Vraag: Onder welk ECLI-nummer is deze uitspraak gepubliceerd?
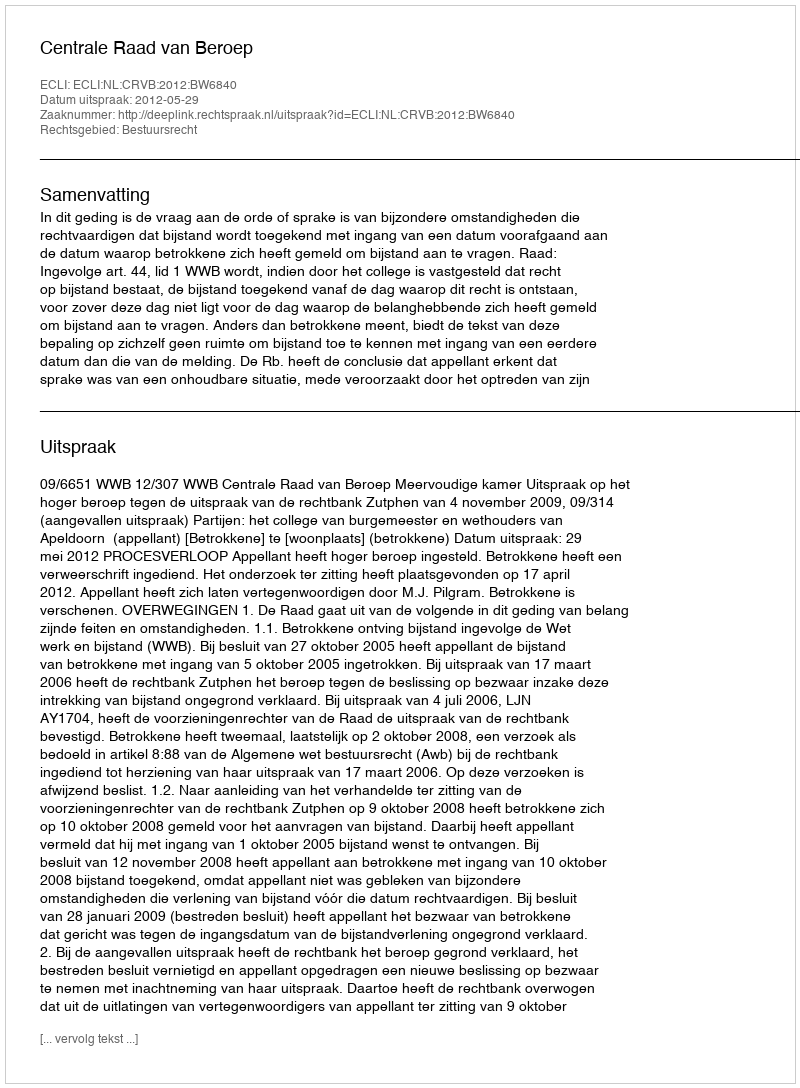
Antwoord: ECLI:NL:CRVB:2012:BW6840